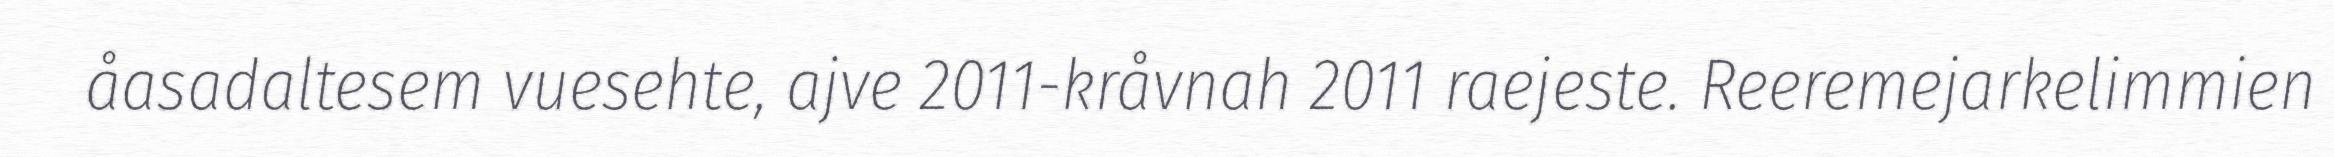
åasadaltesem vuesehte, ajve 2011-kråvnah 2011 raejeste. Reeremejarkelimmien